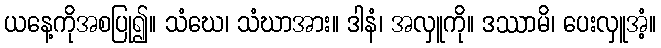
ယနေ့ကိုအစပြု၍။ သံဃေ၊ သံဃာအား။ ဒါနံ၊ အလှူကို။ ဒဿာမိ၊ ပေးလှူအံ့။